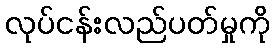
လုပ်ငန်းလည်ပတ်မှုကို